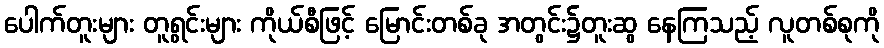
ပေါက်တူးများ တူရွင်းများ ကိုယ်စီဖြင့် မြောင်းတစ်ခု အတွင်း၌တူးဆွ နေကြသည့် လူတစ်စုကို